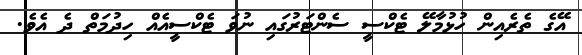
އޭގެ ތެރެއިން ހުޅުމާލޭ ޓެކްސީ ސެންޓަރުގައި ނުވަ ޓެކްސީއެއް ހިދުމަތް ދެ އެވެ.